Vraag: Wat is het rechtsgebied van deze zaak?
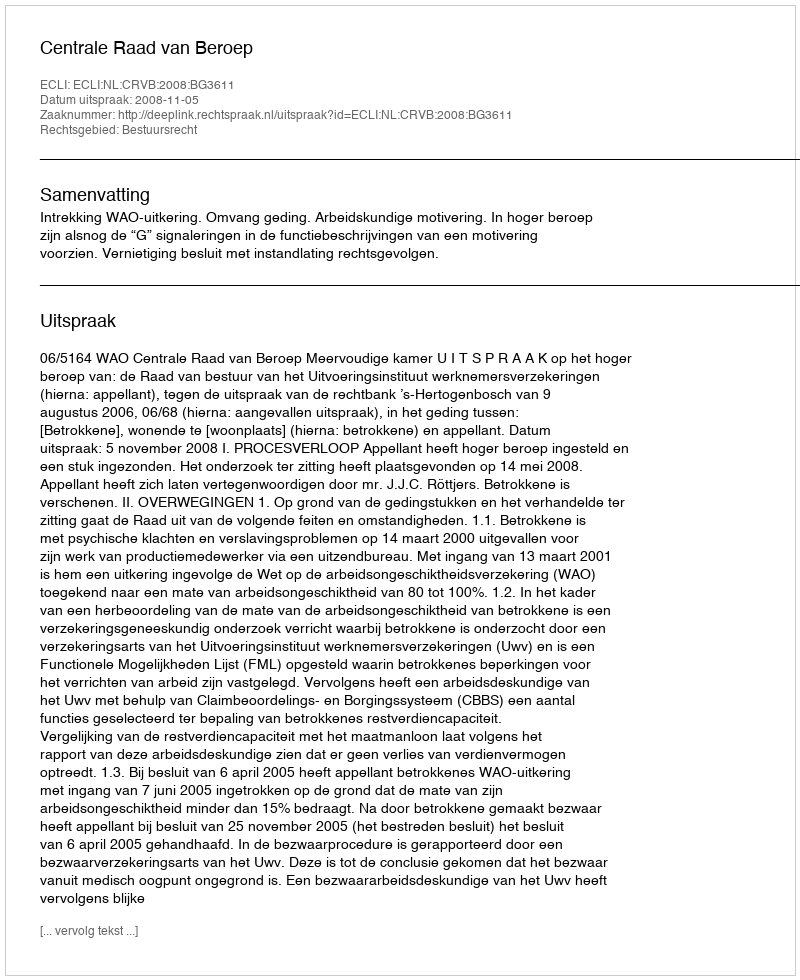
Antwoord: Bestuursrecht